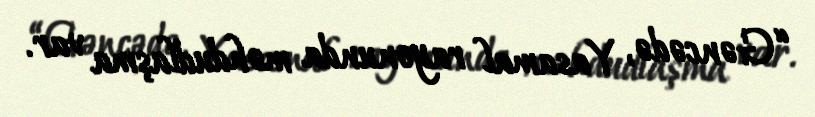
“Gəncədə, Yasamal rayonunda məhdudlaşma var.